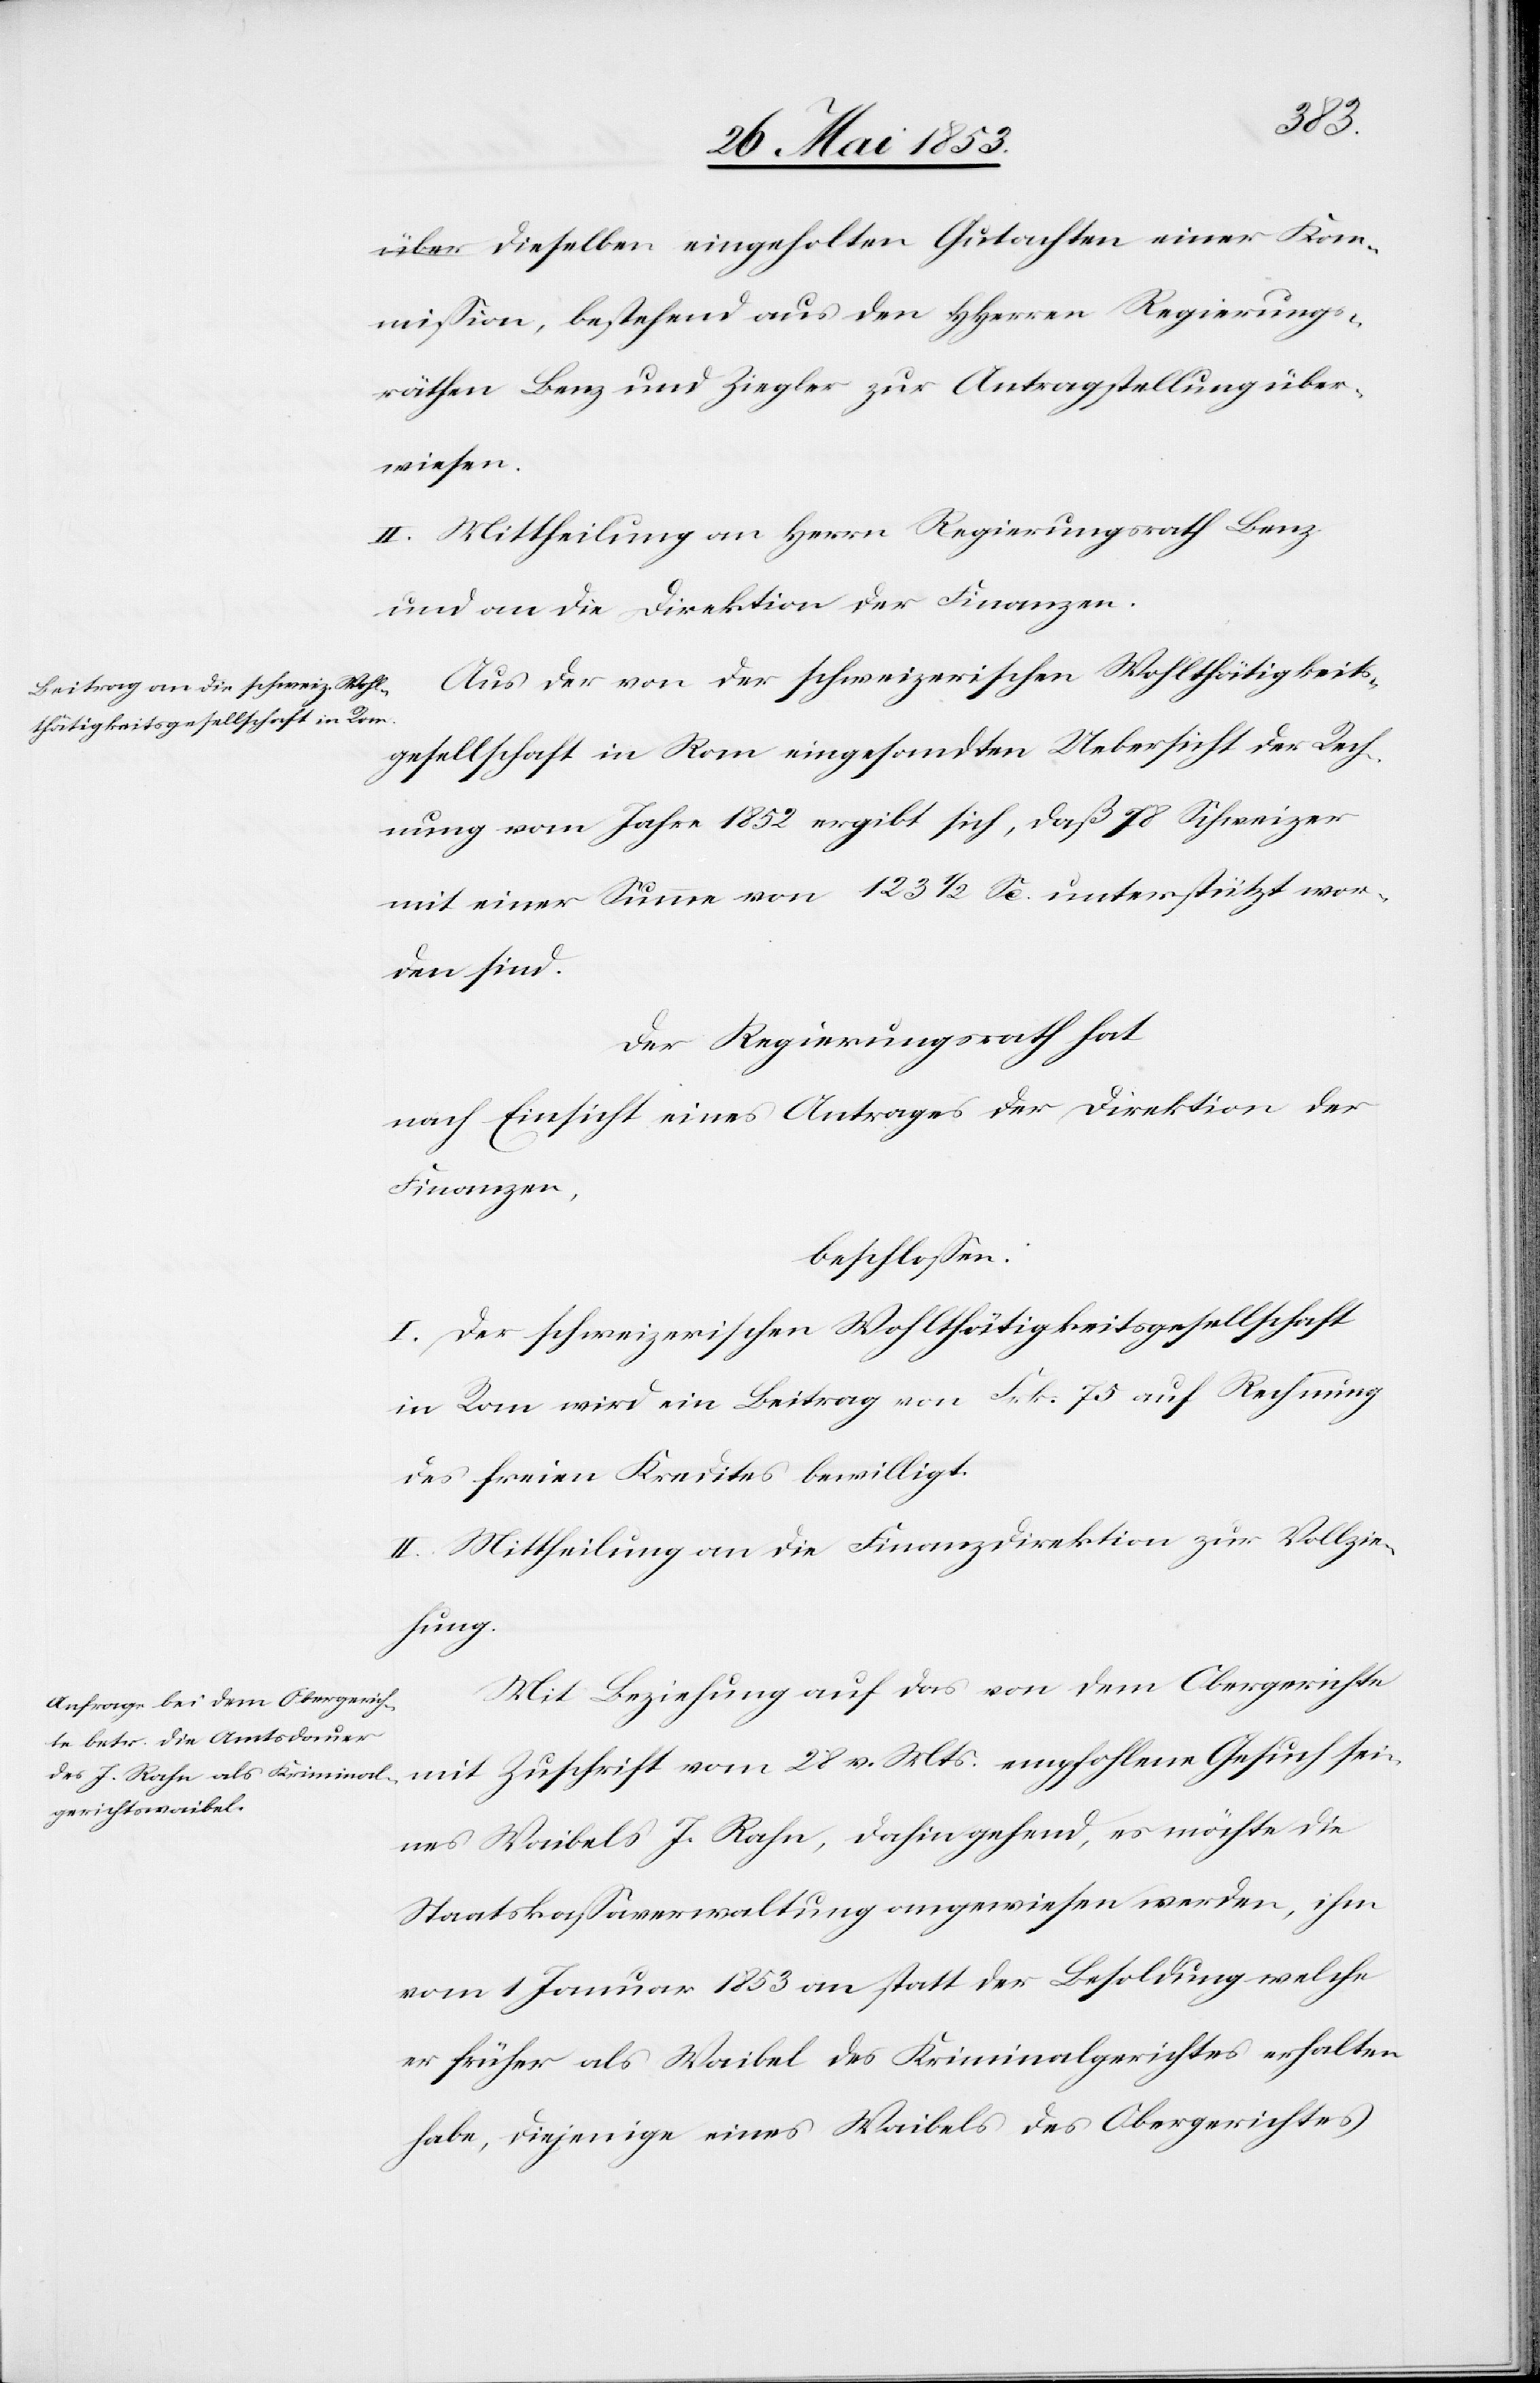
Gesuch
mißion, bestehend aus den HHerrn Regierungs¬
räthen Benz und Ziegler zur Antragstellung über¬
wiesen.
II. Mittheilung an Herrn Regierungsrath Benz
und an die Direktion der Finanzen.
Aus der von der schweizerischen Wohlthätigkeits¬
gesellschaft in Rom eingesandten Uebersicht der Rech¬
nung vom Jahre 1852 ergibt sich, daß 78 Schweizer
mit einer Summe von 123 1/2 Se. Unterstützt wor¬
den sind.
Der Regierungsrath hat
nach Einsicht eines Antrages der Direktion der
Finanzen,
beschloßen:
I. Der schweizerischen Wohlthätigkeitsgesellschaft
in Rom wird ein Beitrag von Frk. 75 auf Rechnung
des freien Kredites bewilligt.
II. Mittheilung an die Finanzdirektion zur Vollzie¬
hung.
Mit Beziehung auf das von dem Obergerichte
seines Waibels J. Rahn, dahingehend, es möchte die
Staatskaßaverwaltung angewiesen werden, ihm
vom 1 Januar 1853 an statt der Besoldung welche
er früher als Waibel des Kriminalgerichtes erhalten
habe, diejenige eines Waibels des Obergerichtes